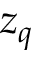
z _ { q }